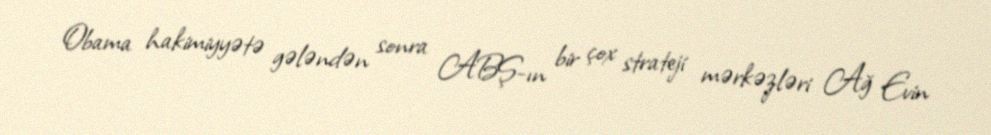
Obama hakimiyyətə gələndən sonra ABŞ-ın bir çox strateji mərkəzləri Ağ Evin